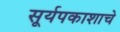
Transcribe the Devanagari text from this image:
सूर्यपकाशाचे